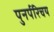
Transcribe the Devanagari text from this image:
पुनर्परिचय